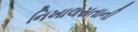
નિખાલસતાની